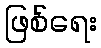
ဖြစ်ရေး